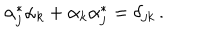
LaTeX: \alpha _ { j } ^ { \ast } \alpha _ { k } + \alpha _ { k } \alpha _ { j } ^ { \ast } = \delta _ { j k } \, .